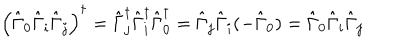
LaTeX: \left( \hat { \Gamma } _ { 0 } \hat { \Gamma } _ { i } \hat { \Gamma } _ { j } \right) ^ { \dagger } = \hat { \Gamma } _ { j } ^ { \dagger } \hat { \Gamma } _ { i } ^ { \dagger } \hat { \Gamma } _ { 0 } ^ { \dagger } = \hat { \Gamma } _ { j } \hat { \Gamma } _ { i } ( - \hat { \Gamma } _ { 0 } ) = \hat { \Gamma } _ { 0 } \hat { \Gamma } _ { i } \hat { \Gamma } _ { j }